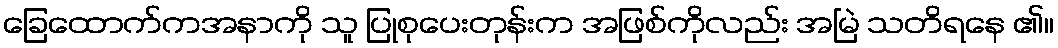
ခြေထောက်ကအနာကို သူ ပြုစုပေးတုန်းက အဖြစ်ကိုလည်း အမြဲ သတိရနေ ၏။